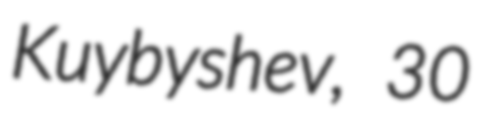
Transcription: Kuybyshev, 30